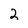
Character: 2